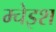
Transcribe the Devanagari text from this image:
म्चेइश